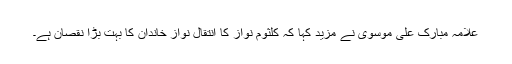
علامہ مبارک علی موسوی نے مزید کہا کہ کلثوم نواز کا انتقال نواز خاندان کا بہت بڑا نقصان ہے۔